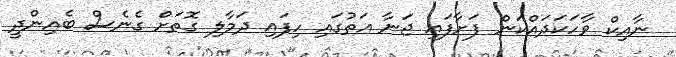
ނާއިކް ވާހަކަދައްކަން ފަށާފައި ޖަނާ އަތުގައި ހިފައި ދަމާލި ގޮތަށް ގެނެސް ބެއިންދީ